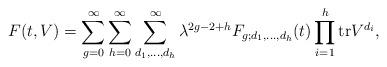
LaTeX: \begin{align*}F(t,V) =\sum_{g=0}^\infty\sum_{h=0}^\infty\sum_{d_1,\ldots,d_h}^\infty\lambda^{2g-2+h} F_{g;d_1,\ldots,d_h}(t)\prod_{i=1}^{h}\mbox{tr}V^{d_i}, \end{align*}